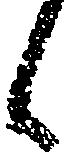
候